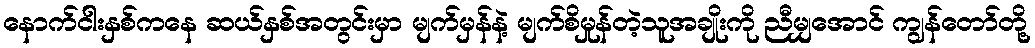
နောက်ငါးနှစ်ကနေ ဆယ်နှစ်အတွင်းမှာ မျက်မှန်နဲ့ မျက်စိမှုန်တဲ့သူအချိုးကို ညီမျှအောင် ကျွန်တော်တို့